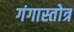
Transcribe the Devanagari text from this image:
गंगास्तोत्र